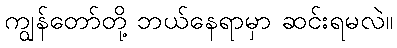
ကျွန်တော်တို့ ဘယ်နေရာမှာ ဆင်းရမလဲ။